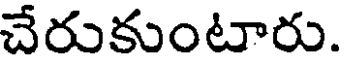
చేరుకుంటారు.